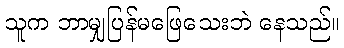
သူက ဘာမျှပြန်မဖြေသေးဘဲ နေသည်။